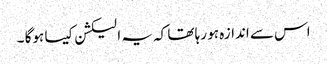
اس سے اندازہ ہو رہا تھا کہ یہ الیکشن کیسا ہوگا ۔